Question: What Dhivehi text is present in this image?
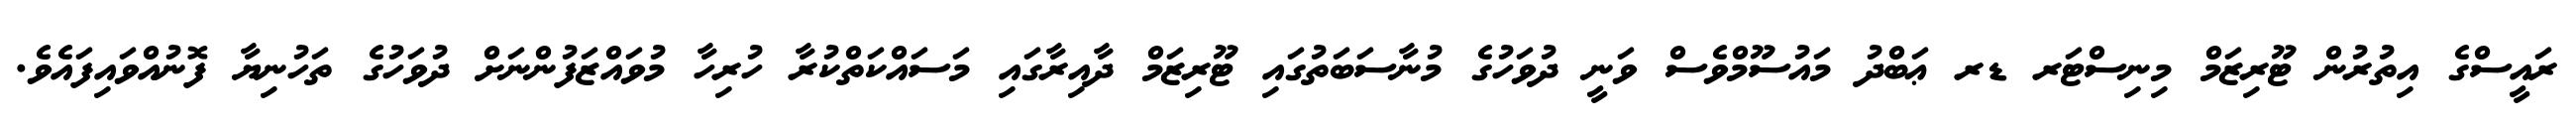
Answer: ރައީސްގެ އިތުރުން ޓޫރިޒަމް މިނިސްޓަރ ޑރ ޢަބްދު މައުސޫމްވެސް ވަނީ ދުވަހުގެ މުނާސަބަތުގައި ޓޫރިޒަމް ދާއިރާގައި މަސައްކަތްކުރާ ހުރިހާ މުވައްޒަފުންނަށް ދުވަހުގެ ތަހުނިޔާ ފޮނުއްވައިފައެވެ.